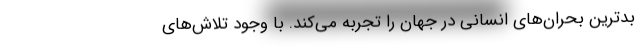
بدترین بحران‌های انسانی در جهان را تجربه می‌کند. با وجود تلاش‌های